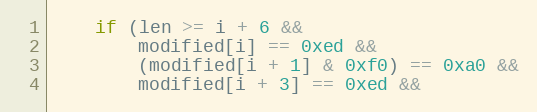
Language: C++
    if (len >= i + 6 &&
        modified[i] == 0xed &&
        (modified[i + 1] & 0xf0) == 0xa0 &&
        modified[i + 3] == 0xed &&